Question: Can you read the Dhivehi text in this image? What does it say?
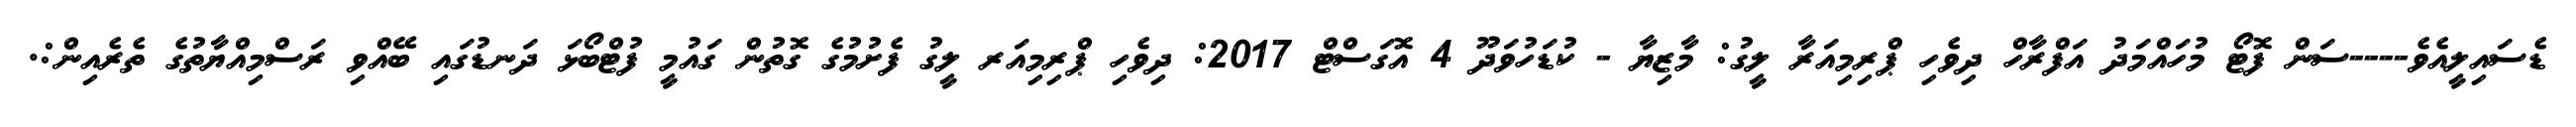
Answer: ޑެސައިލީއެވެ----ސަން ފޮޓޯ މުހައްމަދު އަފްރާހް ދިވެހި ޕްރިމިއަރާ ލީގު: މާޒިޔާ - ކުޑަހުވަދޫ 4 އޮގަސްޓް 2017: ދިވެހި ޕްރިމިއަރ ލީގު ފެށުމުގެ ގޮތުން ގައުމީ ފުޓްބޯޅަ ދަނޑުގައި ބޭއްވި ރަސްމިއްޔާތުގެ ތެރެއިން:.